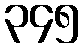
၃၄၅